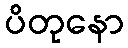
ပိတုနော